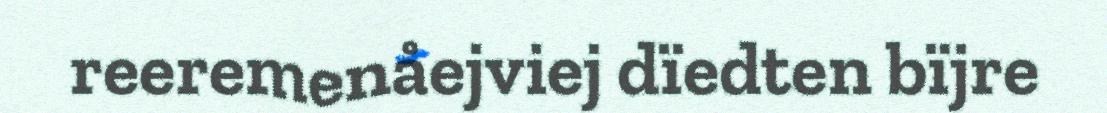
reeremenåejviej dïedten bïjre